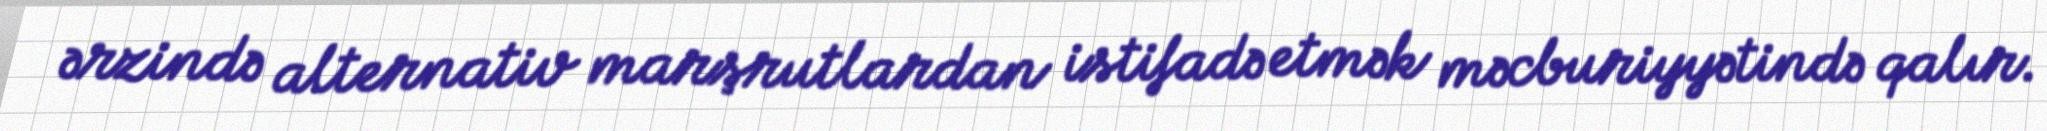
ərzində alternativ marşrutlardan istifadə etmək məcburiyyətində qalır.